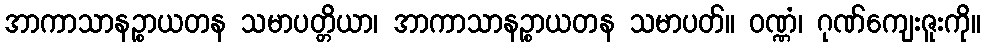
အာကာသာနဉ္စာယတန သမာပတ္တိယာ၊ အာကာသာနဉ္စာယတန သမာပတ်။ ဝဏ္ဏံ၊ ဂုဏ်ကျေးဇူးကို။